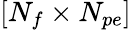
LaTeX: [N_{f}\times N_{pe}]